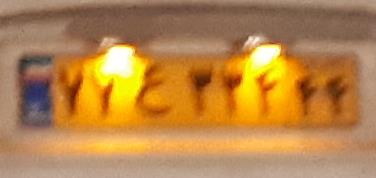
۷۷ع۳۳۴۴۴